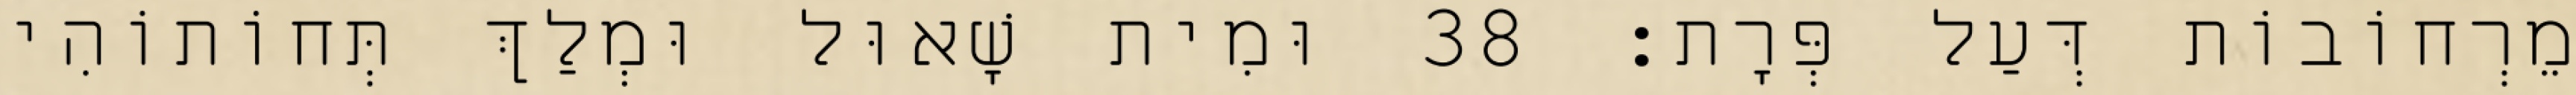
מֵרְחוֹבוֹת דְּעַל פְּרָת׃ 38 וּמִית שָׁאוּל וּמְלַךְ תְּחוֹתוֹהִי